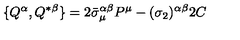
\{ Q ^ { \alpha } , Q ^ { * \beta } \} = 2 \bar { \sigma } _ { \mu } ^ { \alpha \beta } P ^ { \mu } - ( \sigma _ { 2 } ) ^ { \alpha \beta } 2 C